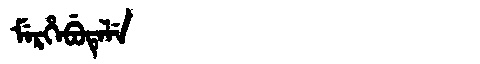
Manchu: ᠮᡝᡵᡥᡝᠪᡠᡨᡝᠯᡝ
Romanization: MERHEBUTELE